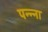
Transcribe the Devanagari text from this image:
पन्‍न्‍ना